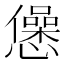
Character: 𢤁